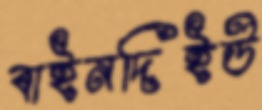
বাইনদিইউ